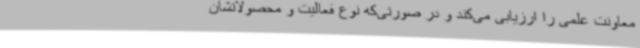
معاونت علمی را ارزیابی می‌کند و در صورتی‌که نوع فعالیت و محصولاتشان